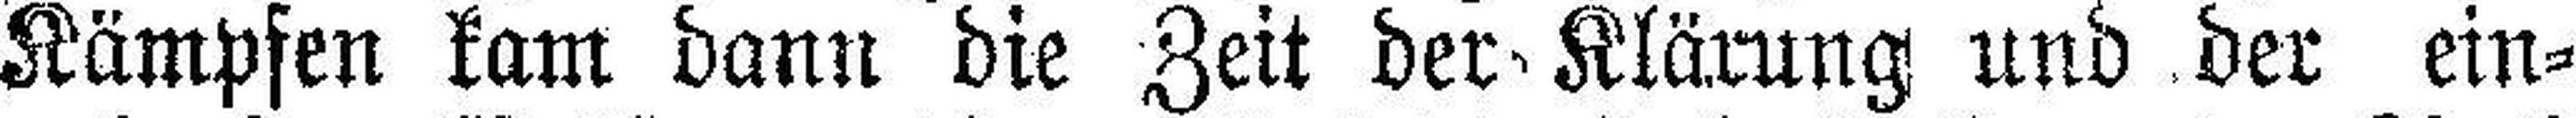
Kämpfen kam dann die Zeit der Klärung und der ein¬